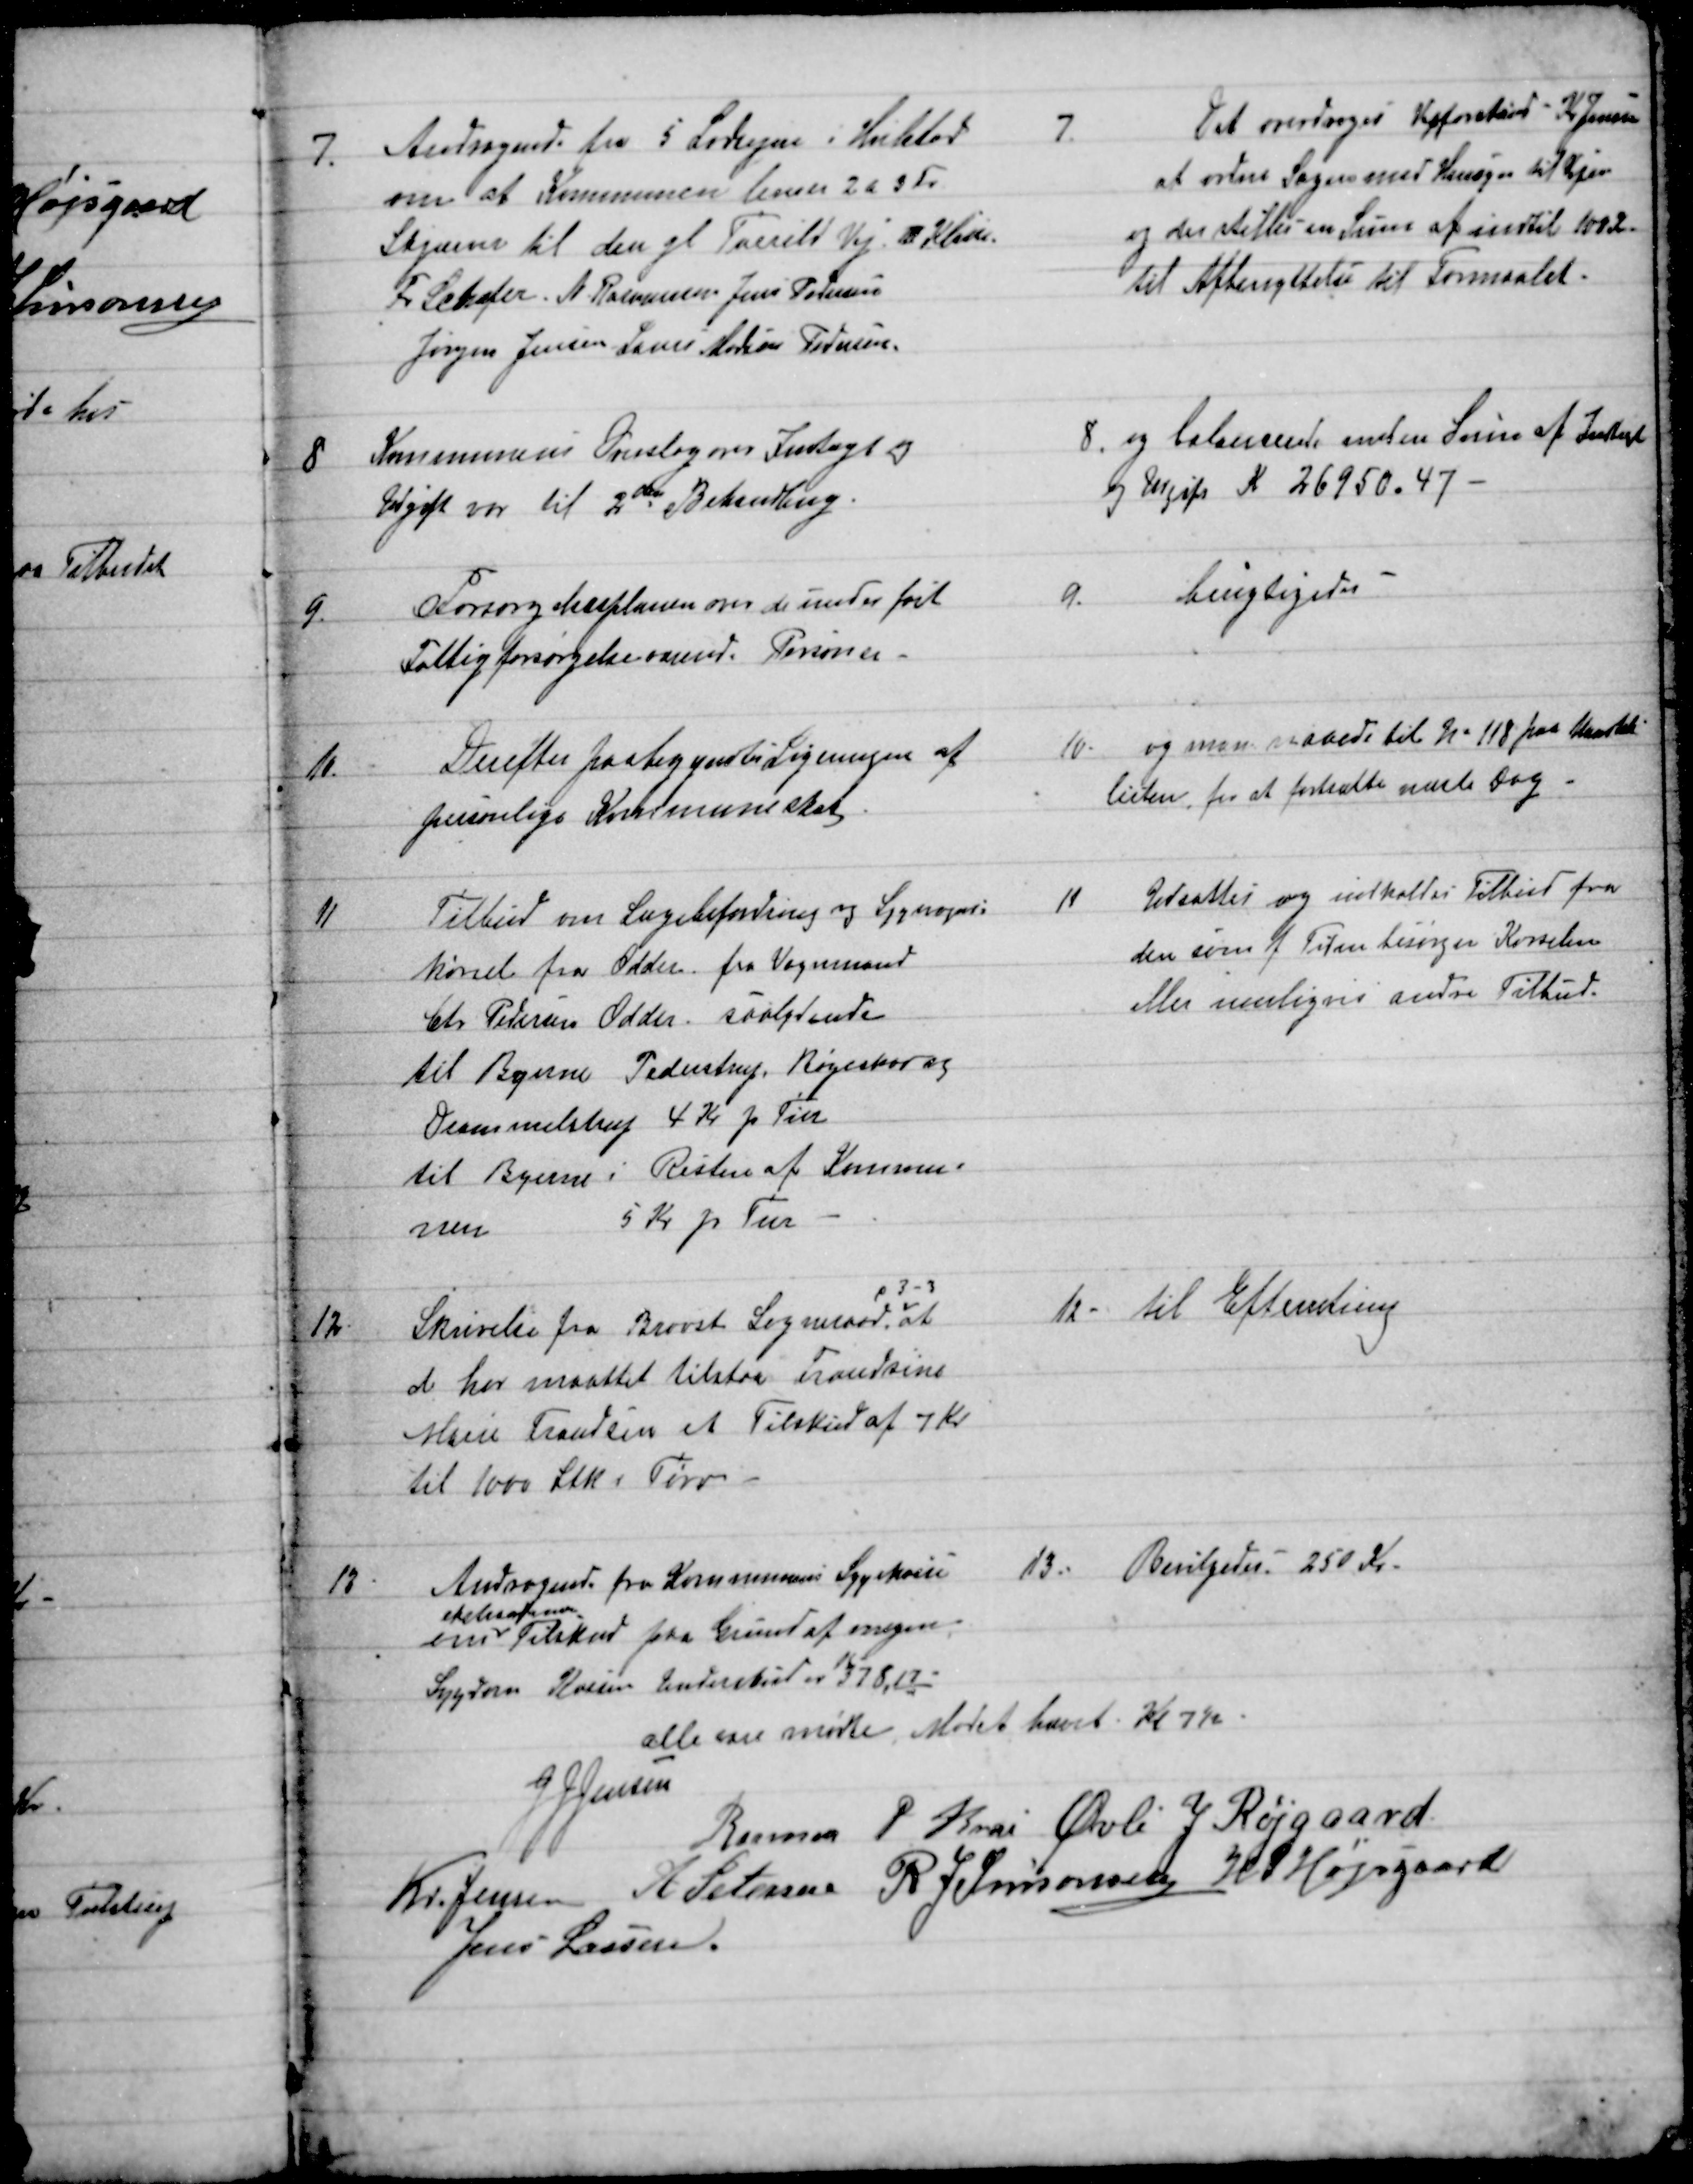
Transskription:
7.
Andragende fra 5 Lodsejere i Hvilsted
om at Kommunen leverer 2 á 3 Fv
Skjærver til den gl. Torrild Vej 2 Klasse
Fr Schæfer N. Rasmussen Jens Pedersen
Jørgen Jensen  Laurs Martin Pedersen
7.
Det overdroges Vejforstand - Kr. Jensen
at ordne Sagen med Hensyn til Vejen
og der stilles en Sum af indtil 100 Kr.
til Afbenyttelse til Formaalet.
8
Kommunens Overslag over Indtægt og
Udgift var til 2den Behandling.
8. og balancerede med en Sum af Indtægt
og Udgift Kr 26950.47 
9.
Forsørgelsesplanen over de under førte
Fattigforsørgelseværende Personer
9.
berigtigedes
10.
Derefter paabegyntes Ligningen af
personlige Kommuneskat
10.
og man naaede til № 118 paa Mandtals-
listen, for at fortsætte næste Dag
11
Tilbud om Lægebefordring og Syg 
kørsel fra Odder fra Vognmand
Chr Pedersen Odder saalydende
til Byerne Pederstrup, Bøgeskov og
Drammelstrup 4 Kr pr Tur
til Byerne i Resten af Kommu=
nen 
5 Kr pr Tur
11
Udsattes og indkaldes Tilbud fra
den som f. Tiden besørger Kørselen
eller muligvis andre Tilbud.
12.
Skrivelse fra Brovst Sogneraad,
p 3-3
at
de har maattet tilstaa Frandsine
Marie Frandsen et Tilskud af 7 Kr
til 1000 Stk Tørv
12
til Efterretning
13
Andragende fra Kommunens Sygekasse  
om 
ekstraordinær
Tilskud paa Grund af megen
Sygdom. Kassens Underskud er Kr 378,17
13
Bevilgedes 250 Kr.
alle var mødte. Mødet hævet Kl 7½
J J Jensen
Rasmus P Krai  Øvli J Røjgaard
Kr. Jensen  A Petersen  R J Simonsen  H. P. Højsgaard
Jens Lassen.